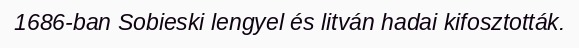
1686-ban Sobieski lengyel és litván hadai kifosztották.